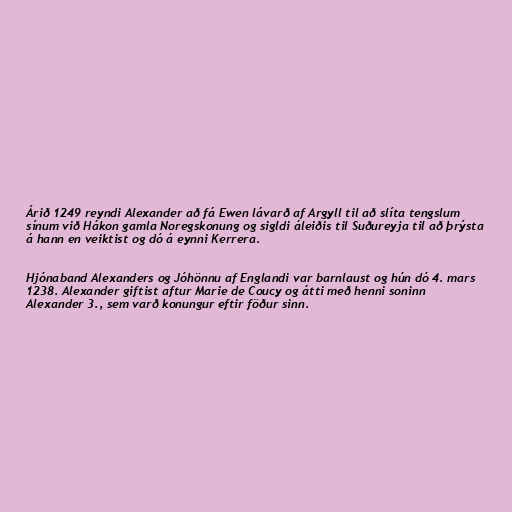
Árið 1249 reyndi Alexander að fá Ewen lávarð af Argyll til að slíta tengslum
sínum við Hákon gamla Noregskonung og sigldi áleiðis til Suðureyja til að þrýsta
á hann en veiktist og dó á eynni Kerrera.

Hjónaband Alexanders og Jóhönnu af Englandi var barnlaust og hún dó 4. mars
1238. Alexander giftist aftur Marie de Coucy og átti með henni soninn
Alexander 3., sem varð konungur eftir föður sinn.